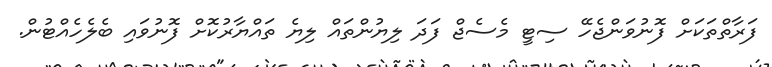
ފަރާތްތަކަށް ފޮނުވަންޖެހޭ ސިޓީ މެސެޖް ފަދަ ލިޔުންތައް ލިޔެ ތައްޔާރުކޮށް ފޮނުވައި ބެލެހެއްޓުން.